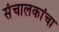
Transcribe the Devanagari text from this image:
संचालकांचा